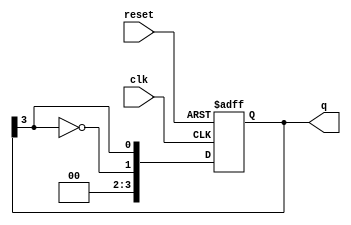
module johnson_counter (
    input wire clk,         // Clock signal
    input wire reset,       // Asynchronous reset signal
    output reg [n-1:0] q    // Output state of the counter
);
    parameter n = 4;        // Number of flip-flops (adjust as needed)

    always @(posedge clk or posedge reset) begin
        if (reset) begin
            q <= 0;        // Reset the counter to 0
        end else begin
            q <= {~q[n-1], q[n-1:n-1]}; // Shift operation with inversion
        end
    end
endmodule